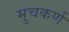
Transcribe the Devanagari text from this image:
मुचकर्ण